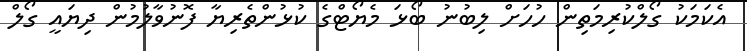
އެކަމަކު ގޯލްކުރިމަތިން ހުހަށް ލިބުނު ބޯޅަ މެޔޯޓްގެ ކުޅުންތެރިޔާ ފޮނުވާލުމުން ދިޔައީ ގޯލް